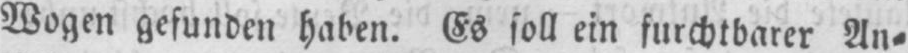
Wogen gefunden haben. Es soll ein furchtbarer An⸗